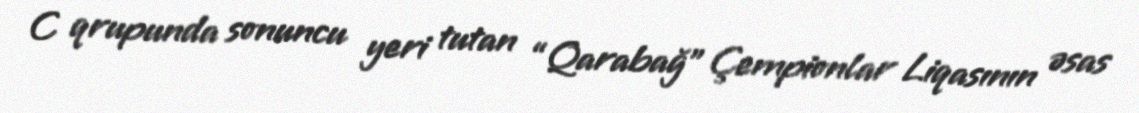
C qrupunda sonuncu yeri tutan “Qarabağ” Çempionlar Liqasının əsas